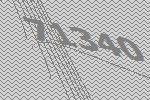
71340